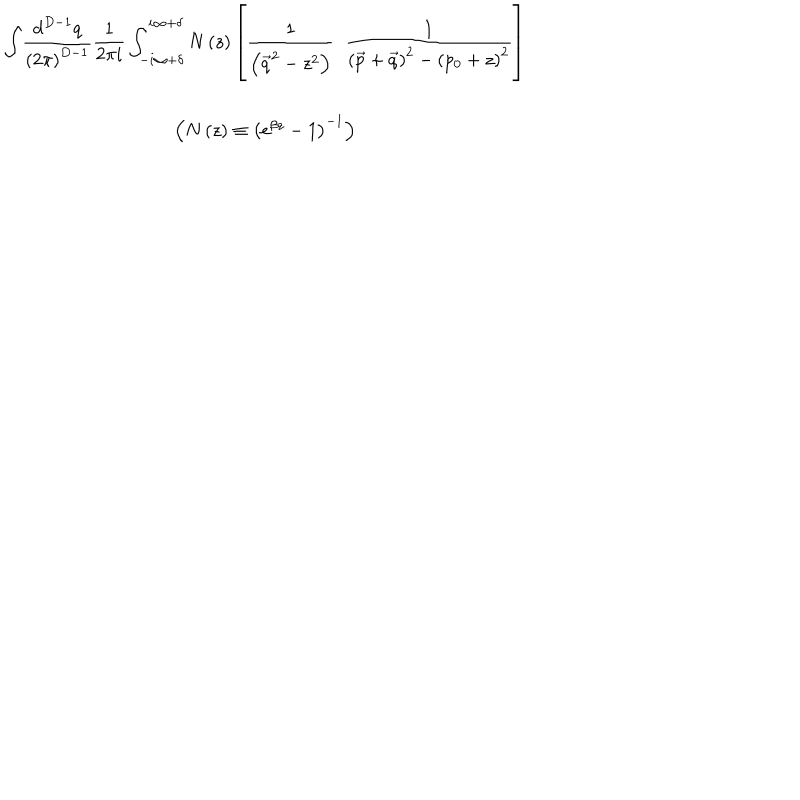
\begin{array} { c c c } { { { } } } & { { \displaystyle { \int } \displaystyle { \frac { \mathrm { d } ^ { D - 1 } q } { \left( 2 \pi \right) ^ { D - 1 } } } \displaystyle { \frac { 1 } { 2 \pi i } } \int _ { - i \infty + \delta } ^ { i \infty + \delta } N \left( z \right) \left[ \displaystyle { \frac { 1 } { \left( \vec { q } ^ { 2 } - z ^ { 2 } \right) } } \; \; \displaystyle { \frac { 1 } { \left( \vec { p } + \vec { q } \right) ^ { 2 } - \left( p _ { 0 } + z \right) ^ { 2 } } } \right] } } & { { { } } } \\ { { { } } } & { { { } } } & { { { } } } \\ { { { } } } & { { \left( N \left( z \right) \equiv \left( \mathrm { e } ^ { \beta z } - 1 \right) ^ { - 1 } \right) } } & { { { } } } \\ \end{array}